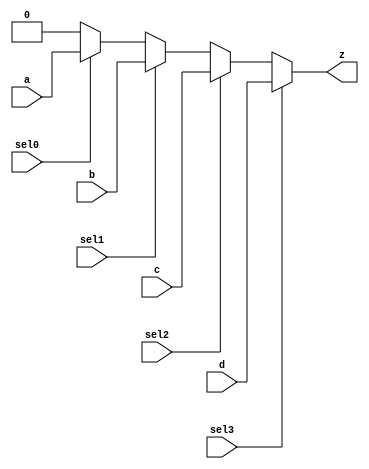
module single_if(a, b, c, d, sel0, sel1, sel2, sel3, z);
input a, b, c, d;
input sel0, sel1, sel2, sel3;
output z;
reg z;
always @(a or b or c or d or sel0 or sel1 or sel2 or sel3)
   begin
      z = 0;
      if (sel3)
          z = d;
      else if (sel2)
          z = c;
      else if (sel1)
          z = b;
      else if (sel0)
          z = a;                                                    
   end
endmodule